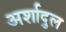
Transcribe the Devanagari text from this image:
अर्शादुल